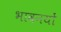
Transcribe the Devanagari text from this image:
भावनयों